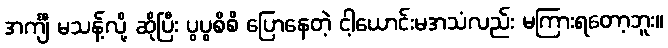
အင်္ကျီ မသန့်လို့ ဆိုပြီး ပွပွစိစိ ပြောနေတဲ့ ငါ့ယောင်းမအသံလည်း မကြားရတော့ဘူး။